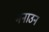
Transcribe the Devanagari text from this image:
मनाउन